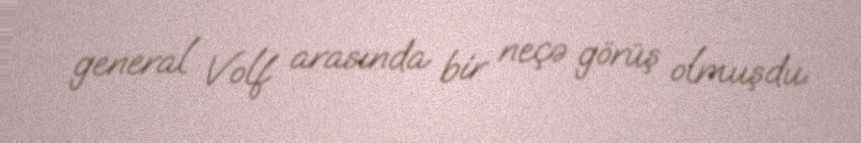
general Volf arasında bir neçə görüş olmuşdu.